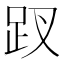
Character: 䟕